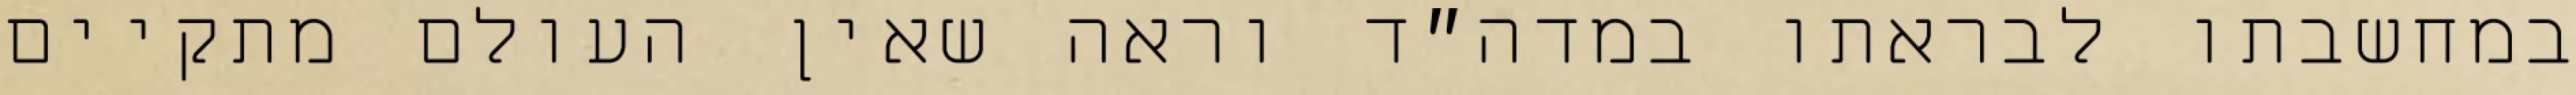
במחשבתו לבראתו במדה״ד וראה שאין העולם מתקיים